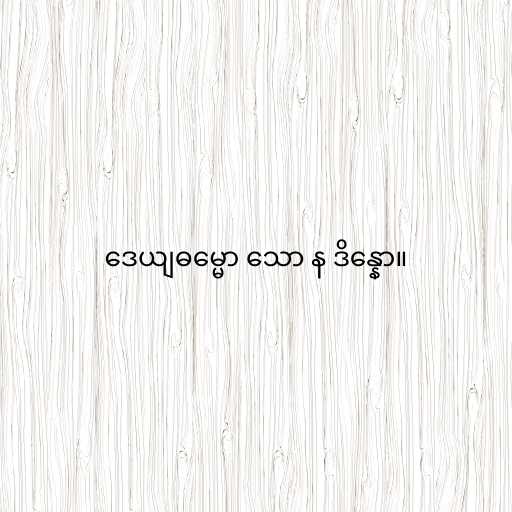
ဒေယျဓမ္မော သော န ဒိန္နော။